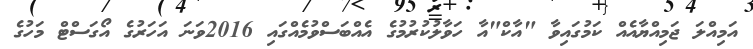
އަމިއްލަ ޖަމިއްޔާއެއް ކަމުގައިވާ "އާކް"އާ ހަވާލުކުރުމުގެ އެއްބަސްވުމެއްގައި 2016ވަނަ އަހަރުގެ އޯގަސްޓް މަހުގެ